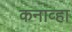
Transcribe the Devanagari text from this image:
कनाव्हा